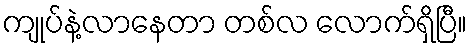
ကျုပ်နဲ့လာနေတာ တစ်လ လောက်ရှိပြီ။